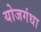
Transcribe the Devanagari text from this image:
योजगंधा